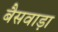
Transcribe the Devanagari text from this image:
बैसवाड़ा